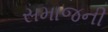
સમાજની